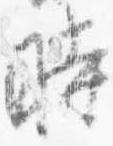
時